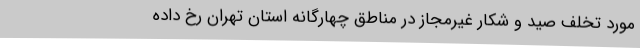
مورد تخلف صید و شکار غیرمجاز در مناطق چهارگانه استان تهران رخ داده